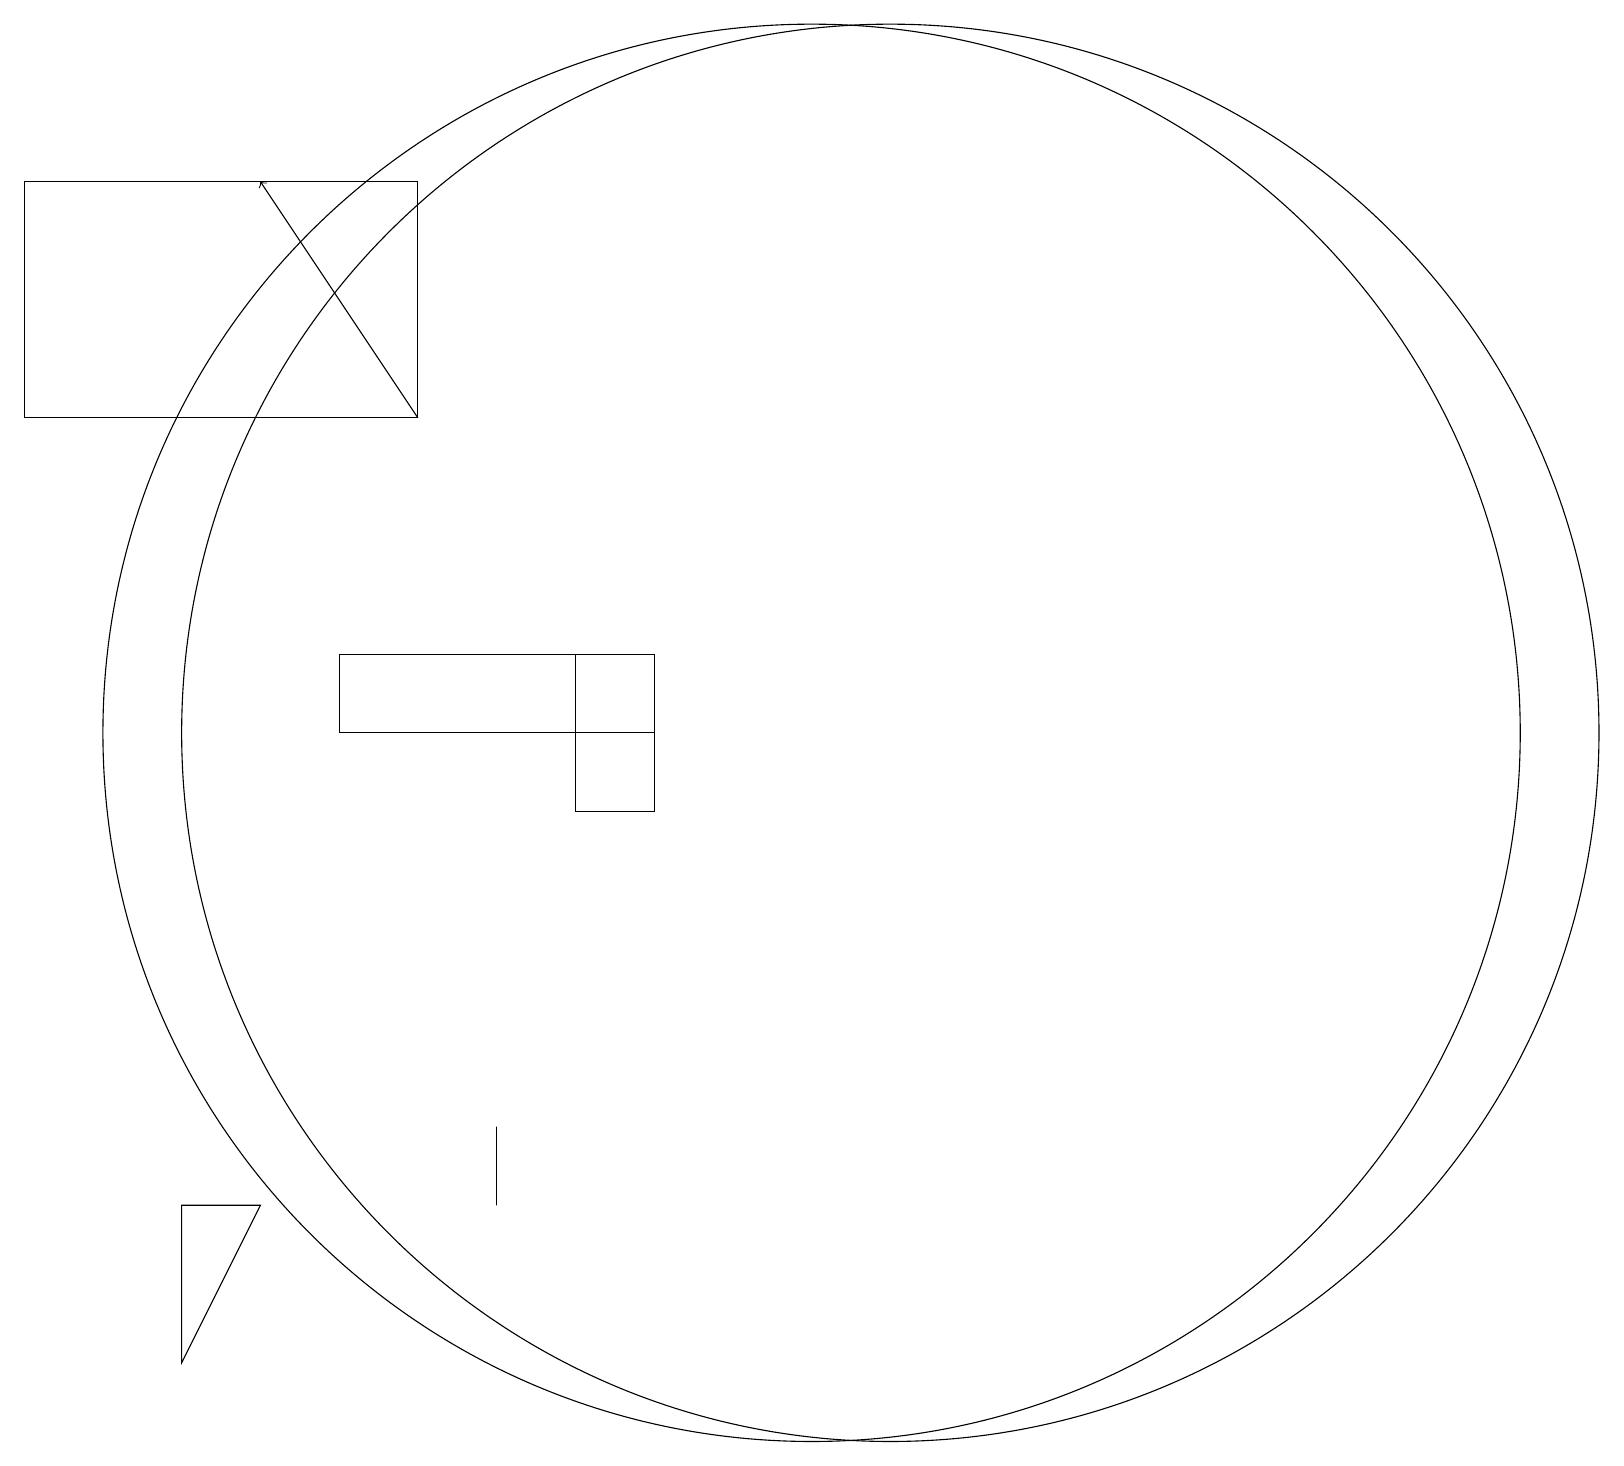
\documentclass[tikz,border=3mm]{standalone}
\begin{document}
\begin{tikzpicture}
\draw (6,6) -- (6,5) -- (6,6) -- cycle;
\draw (7,10) rectangle (8,12);
\draw (8,12) rectangle (4,11);
\draw (2,5) -- (2,3) -- (3,5) -- cycle;
\draw (11,11) circle (9);
\draw (5,18) rectangle (0,15);
\draw[->] (5,15) -- (3,18);
\draw (10,11) circle (9);
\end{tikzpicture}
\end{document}